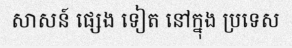
សាសន៍ ផ្សេង ទៀត នៅក្នុង ប្រទេស